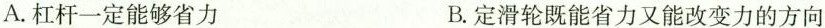
A.杠杆一定能够省力 B.定滑轮既能省力又能改变力的方向